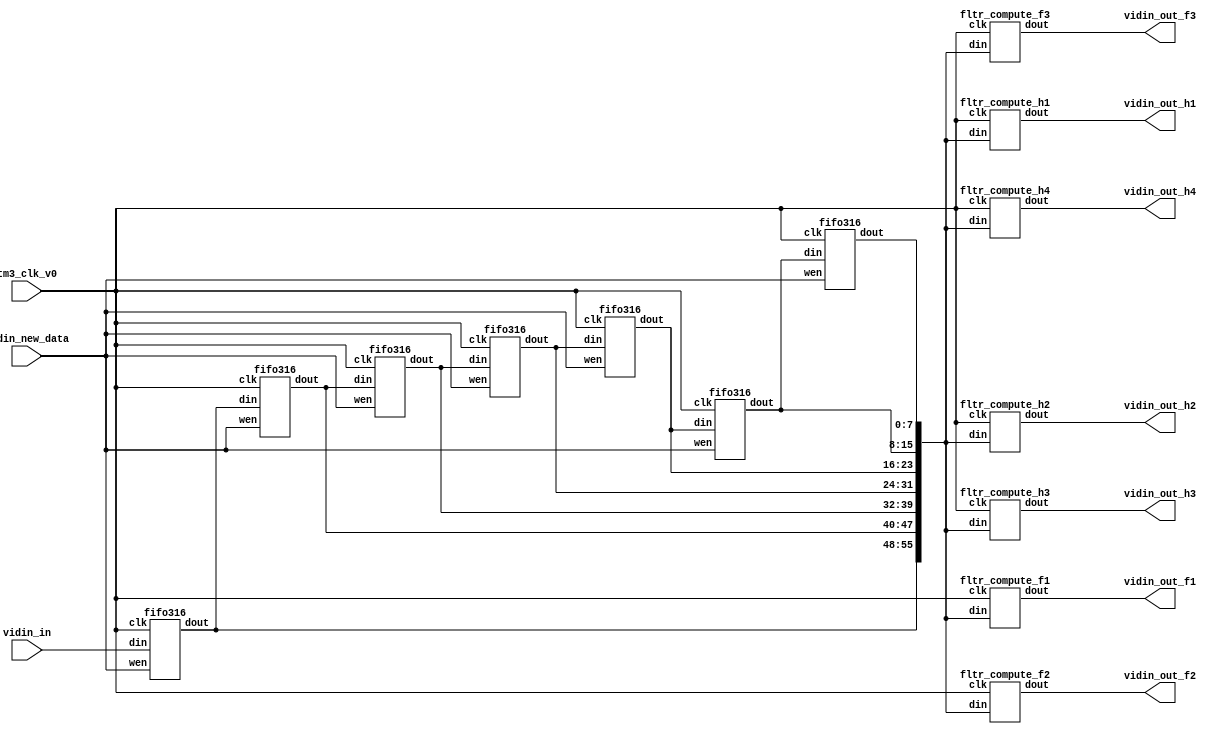
	`define WIDTH_4B 4'b1000
`define COEF0_b  29
	`define COEF1_b  101
//	`define COEF2_b  -15
//	`define COEF3_b  -235
//	`define COEF4_b  -15
	`define COEF2_b  15
	`define COEF3_b  235
	`define COEF4_b  15
	`define COEF5_b  101
	`define COEF6_b  29
	`define WIDTH_5B 5'b10000
	`define COEF0_c  4
	`define COEF1_c  42
	`define COEF2_c  163
	`define COEF3_c  255
	`define COEF4_c  163
	`define COEF5_c  42
	`define COEF6_c  4
//	`define COEF0_d  -12
//	`define COEF1_d  -77
//	`define COEF2_d  -148
	`define COEF0_d  12
	`define COEF1_d  77
	`define COEF2_d  148
	`define COEF3_d  0
	`define COEF4_d  148
	`define COEF5_d  77
	`define COEF6_d  12
	`define COEF0_1  15
//`define COEF0_1  -15
	`define COEF1_1  25
	`define COEF2_1  193
	`define COEF3_1  0
//	`define COEF4_1  -193
//	`define COEF5_1  -25
	`define COEF4_1  193
	`define COEF5_1  25
	`define COEF6_1  15
	`define COEF0_2  4
	`define COEF1_2  42
	`define COEF2_2  163
	`define COEF3_2  255
	`define COEF4_2  163
	`define COEF5_2  42
	`define COEF6_2  4
//	`define COEF0_3  -9
//	`define COEF1_3  -56
//	`define COEF2_3  -109
	`define COEF0_3  9
	`define COEF1_3  56
	`define COEF2_3  109
	`define COEF3_3  0
	`define COEF4_3  109
	`define COEF5_3  56
	`define COEF6_3  9
//	`define COEF0_4  -9
//	`define COEF1_4  -56
//	`define COEF2_4  -109
	`define COEF0_4  9
	`define COEF1_4  56
	`define COEF2_4  109
	`define COEF3_4  0
	`define COEF4_4  109
	`define COEF5_4  56
	`define COEF6_4  9

module v_fltr_316x7 (tm3_clk_v0, vidin_new_data, vidin_in, vidin_out_f1, vidin_out_f2, vidin_out_f3, vidin_out_h1, vidin_out_h2, vidin_out_h3, vidin_out_h4); // PAJ var never used, vidin_out_or);

   parameter horiz_length  = 9'b100111100;
   parameter vert_length  = 3'b111; // PAJ constant for all

   input tm3_clk_v0; 
   input vidin_new_data; 
   input[7:0] vidin_in; 
   output[15:0] vidin_out_f1; 
   wire[15:0] vidin_out_f1;
   output[15:0] vidin_out_f2; 
   wire[15:0] vidin_out_f2;
   output[15:0] vidin_out_f3; 
   wire[15:0] vidin_out_f3;
   output[15:0] vidin_out_h1; 
   wire[15:0] vidin_out_h1;
   output[15:0] vidin_out_h2; 
   wire[15:0] vidin_out_h2;
   output[15:0] vidin_out_h3; 
   wire[15:0] vidin_out_h3;
   output[15:0] vidin_out_h4; 
   wire[15:0] vidin_out_h4;
//   output[7:0] vidin_out_or; 
//   reg[7:0] vidin_out_or;

   wire[7:0] buff_out0; 
   wire[7:0] buff_out1; 
   wire[7:0] buff_out2; 
   wire[7:0] buff_out3; 
   wire[7:0] buff_out4; 
   wire[7:0] buff_out5; 
   wire[7:0] buff_out6; 
   wire[7:0] buff_out7; 

 	fifo316 fifo0(tm3_clk_v0, vidin_new_data, buff_out0, buff_out1);
 	fifo316 fifo1(tm3_clk_v0, vidin_new_data, buff_out1, buff_out2);
 	fifo316 fifo2(tm3_clk_v0, vidin_new_data, buff_out2, buff_out3);
 	fifo316 fifo3(tm3_clk_v0, vidin_new_data, buff_out3, buff_out4);
 	fifo316 fifo4(tm3_clk_v0, vidin_new_data, buff_out4, buff_out5);
 	fifo316 fifo5(tm3_clk_v0, vidin_new_data, buff_out5, buff_out6);
 	fifo316 fifo6(tm3_clk_v0, vidin_new_data, buff_out6, buff_out7);

   fltr_compute_f1 inst_fltr_compute_f1 (tm3_clk_v0, {buff_out1, buff_out2, buff_out3, buff_out4, buff_out5, buff_out6, buff_out7}, vidin_out_f1);	
   fltr_compute_f2 inst_fltr_compute_f2 (tm3_clk_v0, {buff_out1, buff_out2, buff_out3, buff_out4, buff_out5, buff_out6, buff_out7}, vidin_out_f2);	
   fltr_compute_f3 inst_fltr_compute_f3 (tm3_clk_v0, {buff_out1, buff_out2, buff_out3, buff_out4, buff_out5, buff_out6, buff_out7}, vidin_out_f3);	
   fltr_compute_h1 inst_fltr_compute_h1 (tm3_clk_v0, {buff_out1, buff_out2, buff_out3, buff_out4, buff_out5, buff_out6, buff_out7}, vidin_out_h1);	
   fltr_compute_h2 inst_fltr_compute_h2 (tm3_clk_v0, {buff_out1, buff_out2, buff_out3, buff_out4, buff_out5, buff_out6, buff_out7}, vidin_out_h2);	
   fltr_compute_h3 inst_fltr_compute_h3 (tm3_clk_v0, {buff_out1, buff_out2, buff_out3, buff_out4, buff_out5, buff_out6, buff_out7}, vidin_out_h3);	
   fltr_compute_h4 inst_fltr_compute_h4 (tm3_clk_v0, {buff_out1, buff_out2, buff_out3, buff_out4, buff_out5, buff_out6, buff_out7}, vidin_out_h4);	

         assign buff_out0 = vidin_in ; 
/*
   always @(posedge tm3_clk_v0)
   begin
         buff_out0 <= vidin_in ; 
         //vidin_out_or <= buff_out6; 
   end 
*/
endmodule
module fifo316 (clk, wen, din, dout);

//	parameter `WIDTH = 4'b1000;

    input clk; 
    input wen; 
    input[`WIDTH_4B - 1:0] din; 
    output[`WIDTH_4B - 1:0] dout; 
    reg[`WIDTH_4B - 1:0] dout;

    reg[`WIDTH_4B-1:0]buff1; 
    reg[`WIDTH_4B-1:0]buff2; 

    always @(posedge clk)
    begin
		if (wen == 1'b1)
		begin
			buff1 <= din;
			buff2 <= buff1;
			dout <= buff2;
		end
	end
endmodule

module fltr_compute_f1 (clk, din, dout);

    input clk; 
    input[55:0] din; 
    output[15:0] dout; 
    reg[15:0] dout;
    reg[16:0] q1; 
    reg[16:0] q2; 
    reg[16:0] q3; 
    reg[16:0] q4; 
    reg[16:0] q5; 
    reg[16:0] q6; 
    reg[16:0] q7; 
    reg[19:0] d_out_tmp; 

    always @(posedge clk)
    begin
			// PAJ - grabbed these from the mult_const declarations
			q1 <= din[55:48] * 5'b11101;
			q2 <= din[47:40] * 7'b1100101;
			q3 <= din[39:32] * 5'b10001;
			q4 <= din[31:24] * 9'b100010101;
			q5 <= din[23:16] * 5'b10001;
			q6 <= din[15:8] * 7'b1100101;
			q7 <= din[7:0] * 5'b11101;

          d_out_tmp <= ({q1[16], q1[16], q1[16], q1}) + ({q2[16], q2[16], q2[16], q2}) + ({q3[16], q3[16], q3[16], q3}) + ({q4[16], q4[16], q4[16], q4}) + ({q5[16], q5[16], q5[16], q5}) + ({q6[16], q6[16], q6[16], q6}) + ({q7[16], q7[16], q7[16], q7});
          dout <= d_out_tmp[18:3] ; 
    end 
 endmodule

module fltr_compute_f2 (clk, din, dout);

    input clk; 
    input[55:0] din; 
    output[15:0] dout; 
    reg[15:0] dout;
    reg[16:0] q1; 
    reg[16:0] q2; 
    reg[16:0] q3; 
    reg[16:0] q4; 
    reg[16:0] q5; 
    reg[16:0] q6; 
    reg[16:0] q7; 
    reg[19:0] d_out_tmp; 

    always @(posedge clk)
    begin
			// PAJ - grabbed these from the mult_const declarations
			q1 <= din[55:48] * 3'b100;
			q2 <= din[47:40] * 6'b101010;
			q3 <= din[39:32] * 8'b10100011;
			q4 <= din[31:24] * 8'b11111111;
			q5 <= din[23:16] * 8'b10100011;
			q6 <= din[15:8] * 6'b101010;
			q7 <= din[7:0] * 3'b100;

          d_out_tmp <= ({q1[16], q1[16], q1[16], q1}) + ({q2[16], q2[16], q2[16], q2}) + ({q3[16], q3[16], q3[16], q3}) + ({q4[16], q4[16], q4[16], q4}) + ({q5[16], q5[16], q5[16], q5}) + ({q6[16], q6[16], q6[16], q6}) + ({q7[16], q7[16], q7[16], q7});
          dout <= d_out_tmp[18:3] ; 
    end 
 endmodule

module fltr_compute_f3 (clk, din, dout);

    input clk; 
    input[55:0] din; 
    output[15:0] dout; 
    reg[15:0] dout;
    reg[16:0] q1; 
    reg[16:0] q2; 
    reg[16:0] q3; 
    reg[16:0] q4; 
    reg[16:0] q5; 
    reg[16:0] q6; 
    reg[16:0] q7; 
    reg[19:0] d_out_tmp; 

    always @(posedge clk)
    begin
			// PAJ - grabbed these from the mult_const declarations
			q1 <= din[55:48] * 5'b10100;
			q2 <= din[47:40] * 8'b10110011;
			q3 <= din[39:32] * 9'b101101100;
			q4 <= din[31:24] * 16'b0000000000000000;
			q5 <= din[23:16] * 9'b101101100;
			q6 <= din[15:8] * 8'b10110011;
			q7 <= din[7:0] * 5'b10100;

          d_out_tmp <= ({q1[16], q1[16], q1[16], q1}) + ({q2[16], q2[16], q2[16], q2}) + ({q3[16], q3[16], q3[16], q3}) + ({q4[16], q4[16], q4[16], q4}) + ({q5[16], q5[16], q5[16], q5}) + ({q6[16], q6[16], q6[16], q6}) + ({q7[16], q7[16], q7[16], q7});
          dout <= d_out_tmp[18:3] ; 
    end 

 endmodule

module fltr_compute_h1 (clk, din, dout);

    input clk; 
    input[55:0] din; 
    output[15:0] dout; 
    reg[15:0] dout;
    reg[16:0] q1; 
    reg[16:0] q2; 
    reg[16:0] q3; 
    reg[16:0] q4; 
    reg[16:0] q5; 
    reg[16:0] q6; 
    reg[16:0] q7; 
    reg[19:0] d_out_tmp; 

    always @(posedge clk)
    begin
			// PAJ - grabbed these from the mult_const declarations
			q1 <= din[55:48] * 5'b10001;
			q2 <= din[47:40] * 5'b11001;
			q3 <= din[39:32] * 8'b11000001;
			q4 <= din[31:24] * 16'b0000000000000000;
			q5 <= din[23:16] * 8'b11000001;
			q6 <= din[15:8] * 5'b11001;
			q7 <= din[7:0] * 5'b10001;

          d_out_tmp <= ({q1[16], q1[16], q1[16], q1}) + ({q2[16], q2[16], q2[16], q2}) + ({q3[16], q3[16], q3[16], q3}) + ({q4[16], q4[16], q4[16], q4}) + ({q5[16], q5[16], q5[16], q5}) + ({q6[16], q6[16], q6[16], q6}) + ({q7[16], q7[16], q7[16], q7});
          dout <= d_out_tmp[18:3] ; 
    end 
 endmodule

module fltr_compute_h2 (clk, din, dout);

   input clk; 
   input[55:0] din; 
   output[15:0] dout; 
   reg[15:0] dout;

   reg[16:0] q1; 
   reg[16:0] q2; 
   reg[16:0] q3; 
   reg[16:0] q4; 
   reg[16:0] q5; 
   reg[16:0] q6; 
   reg[16:0] q7; 
   reg[19:0] d_out_tmp; 

   always @(posedge clk)
   begin
			// PAJ - grabbed these from the mult_const declarations
			q1 <= din[55:48] * 3'b100;
			q2 <= din[47:40] * 6'b101010;
			q3 <= din[39:32] * 8'b10100011;
			q4 <= din[31:24] * 8'b11111111;
			q5 <= din[23:16] * 8'b10100011;
			q6 <= din[15:8] * 6'b101010;
			q7 <= din[7:0] * 3'b100;

          d_out_tmp <= ({q1[16], q1[16], q1[16], q1}) + ({q2[16], q2[16], q2[16], q2}) + ({q3[16], q3[16], q3[16], q3}) + ({q4[16], q4[16], q4[16], q4}) + ({q5[16], q5[16], q5[16], q5}) + ({q6[16], q6[16], q6[16], q6}) + ({q7[16], q7[16], q7[16], q7});
         dout <= d_out_tmp[18:3] ; 
   end 
endmodule

module fltr_compute_h3 (clk, din, dout);

   input clk; 
   input[55:0] din; 
   output[15:0] dout; 
   reg[15:0] dout;

   reg[16:0] q1; 
   reg[16:0] q2; 
   reg[16:0] q3; 
   reg[16:0] q4; 
   reg[16:0] q5; 
   reg[16:0] q6; 
   reg[16:0] q7; 
   reg[19:0] d_out_tmp; 

   always @(posedge clk)
   begin
			// PAJ - grabbed these from the mult_const declarations
			q1 <= din[55:48] * 5'b10111;
			q2 <= din[47:40] * 7'b1001000;
			q3 <= din[39:32] * 8'b10010011;
			q4 <= din[31:24] * 16'b0000000000000000;
			q5 <= din[23:16] * 8'b10010011;
			q6 <= din[15:8] * 7'b1001000;
			q7 <= din[7:0] * 5'b10111;

          d_out_tmp <= ({q1[16], q1[16], q1[16], q1}) + ({q2[16], q2[16], q2[16], q2}) + ({q3[16], q3[16], q3[16], q3}) + ({q4[16], q4[16], q4[16], q4}) + ({q5[16], q5[16], q5[16], q5}) + ({q6[16], q6[16], q6[16], q6}) + ({q7[16], q7[16], q7[16], q7});
         dout <= d_out_tmp[18:3] ; 
   end 
endmodule

module fltr_compute_h4 (clk, din, dout);

   input clk; 
   input[55:0] din; 
   output[15:0] dout; 
   reg[15:0] dout;

   reg[16:0] q1; 
   reg[16:0] q2; 
   reg[16:0] q3; 
   reg[16:0] q4; 
   reg[16:0] q5; 
   reg[16:0] q6; 
   reg[16:0] q7; 
   reg[19:0] d_out_tmp; 

   always @(posedge clk)
   begin
			// PAJ - grabbed these from the mult_const declarations
			q1 <= din[55:48] * 4'b1110;
			q2 <= din[47:40] * 6'b101011;
			q3 <= din[39:32] * 7'b1010000;
			q4 <= din[31:24] * 9'b101000100;
			q5 <= din[23:16] * 7'b1010000;
			q6 <= din[15:8] * 6'b101011;
			q7 <= din[7:0] * 4'b1110;

          d_out_tmp <= ({q1[16], q1[16], q1[16], q1}) + ({q2[16], q2[16], q2[16], q2}) + ({q3[16], q3[16], q3[16], q3}) + ({q4[16], q4[16], q4[16], q4}) + ({q5[16], q5[16], q5[16], q5}) + ({q6[16], q6[16], q6[16], q6}) + ({q7[16], q7[16], q7[16], q7});
         dout <= d_out_tmp[18:3] ; 
   end 
endmodule